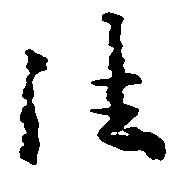
法